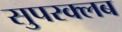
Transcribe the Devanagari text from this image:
सुपरक्लब